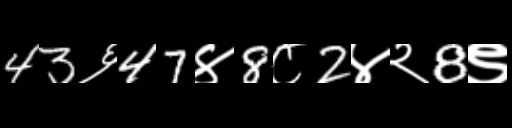
Text: 43६47४8८2४२8९